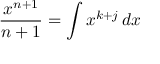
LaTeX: { \frac { x ^ { n + 1 } } { n + 1 } } = \int x ^ { k + j } \, d x